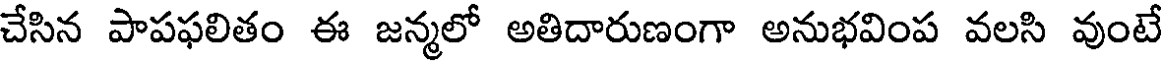
చేసిన పాపఫలితం ఈ జన్మలో అతిదారుణంగా అనుభవింప వలసి వుంటే